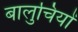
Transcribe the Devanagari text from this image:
बालुचियों